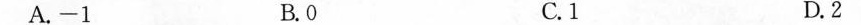
A.-1 B. 0 C.1 D. 2